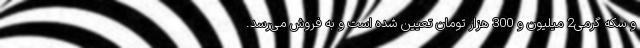
و سکه گرمی2 میلیون و 300 هزار تومان تعیین شده است و به فروش می‌رسد.